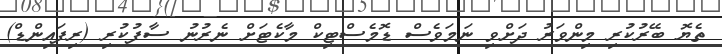
ތެޔޮ ބޭރުކުރި މިންވަރު ދަށްވި ނަމަވެސް ޑޮމެސްޓިކް މާކެޓަށް ނެރުނު ސާފުކުރި (ރިފައިންޑް)